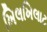
ખિલખિલાટ